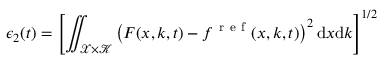
\epsilon _ { 2 } ( t ) = \left[ \iint _ { \mathcal { X } \times \mathcal { K } } \left( F ( x , k , t ) - f ^ { \mathrm { ~ r ~ e ~ f ~ } } ( x , k , t ) \right) ^ { 2 } \mathrm { d } x \mathrm { d } k \right] ^ { 1 / 2 }